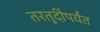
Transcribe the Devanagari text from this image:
तरतुदींपर्यंत